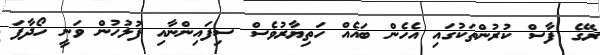
ރޭގެ ފާސް ކުރުންތަކުގައި އެހެން ބައެއް ހަތިޔާރުވެސް ސިފައިންނާއި ފުލުހުން ވަނީ ހޯދާފަ